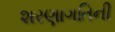
શરણાગતિની